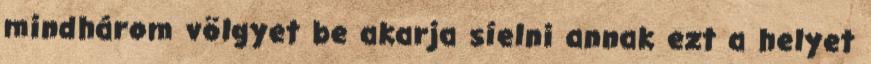
mindhárom völgyet be akarja síelni annak ezt a helyet